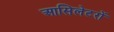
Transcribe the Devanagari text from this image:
आसिलेटरों